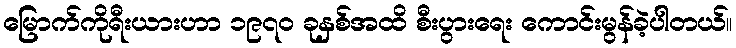
မြောက်ကိုရီးယားဟာ ၁၉၇၀ ခုနှစ်အထိ စီးပွားရေး ကောင်းမွန်ခဲ့ပါတယ်။